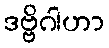
ဒဗ္ဗိဂါဟာ